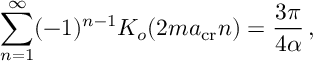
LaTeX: \sum _ { n = 1 } ^ { \infty } ( - 1 ) ^ { n - 1 } K _ { o } ( 2 m a _ { \mathrm { c r } } n ) = { \frac { 3 \pi } { 4 \alpha } } \, ,